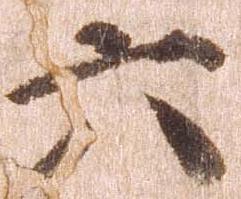
六